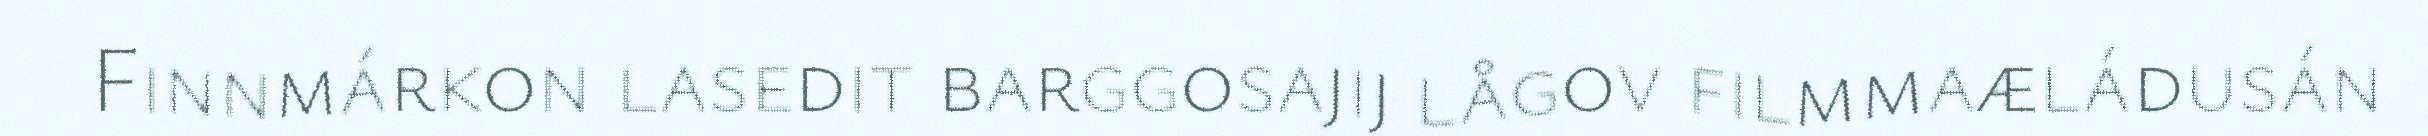
Finnmárkon lasedit barggosajij lågov filmmaæládusán